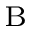
_ \mathrm { B }